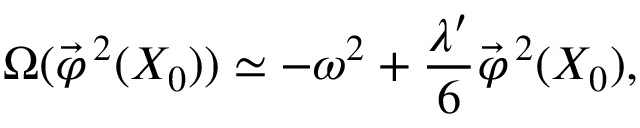
\Omega ( \vec { \varphi } ^ { \, 2 } ( X _ { 0 } ) ) \simeq - \omega ^ { 2 } + \frac { \lambda ^ { \prime } } { 6 } \vec { \varphi } ^ { \, 2 } ( X _ { 0 } ) ,